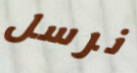
نرسل